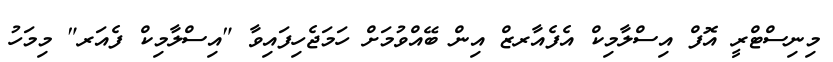
މިނިސްޓްރީ އޮފް އިސްލާމިކް އެފެއާރޒް އިން ބޭއްވުމަށް ހަމަޖެހިފައިވާ "އިސްލާމިކް ފެއަރ" މިމަހު